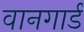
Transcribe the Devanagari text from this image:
वानगार्ड